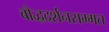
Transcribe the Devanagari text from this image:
बौद्धदर्शनसम्मत